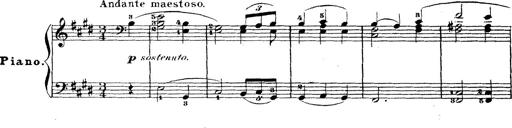
Title: Wagner-Liszt Album
Composer: Franz Liszt